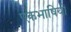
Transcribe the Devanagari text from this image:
एकभाषियों